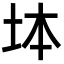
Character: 𡊖